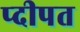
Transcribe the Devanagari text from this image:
प्दीपत